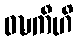
ဝဍ္ဎကီဟိ